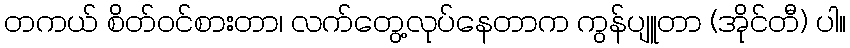
တကယ် စိတ်၀င်စားတာ၊ လက်တွေ့လုပ်နေတာက ကွန်ပျူတာ (အိုင်တီ) ပါ။